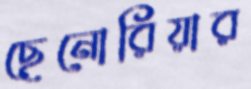
ছেনোরিয়ার